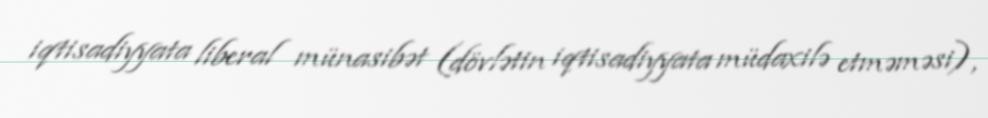
iqtisadiyyata liberal münasibət (dövlətin iqtisadiyyata müdaxilə etməməsi),